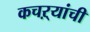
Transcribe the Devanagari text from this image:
कचऱ्यांची